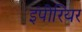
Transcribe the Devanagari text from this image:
इंपीरियर